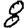
Digit: 8